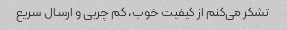
تشکر می‌کنم از کیفیت خوب، کم چربی و ارسال سریع